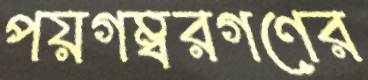
পয়গম্বরগণের